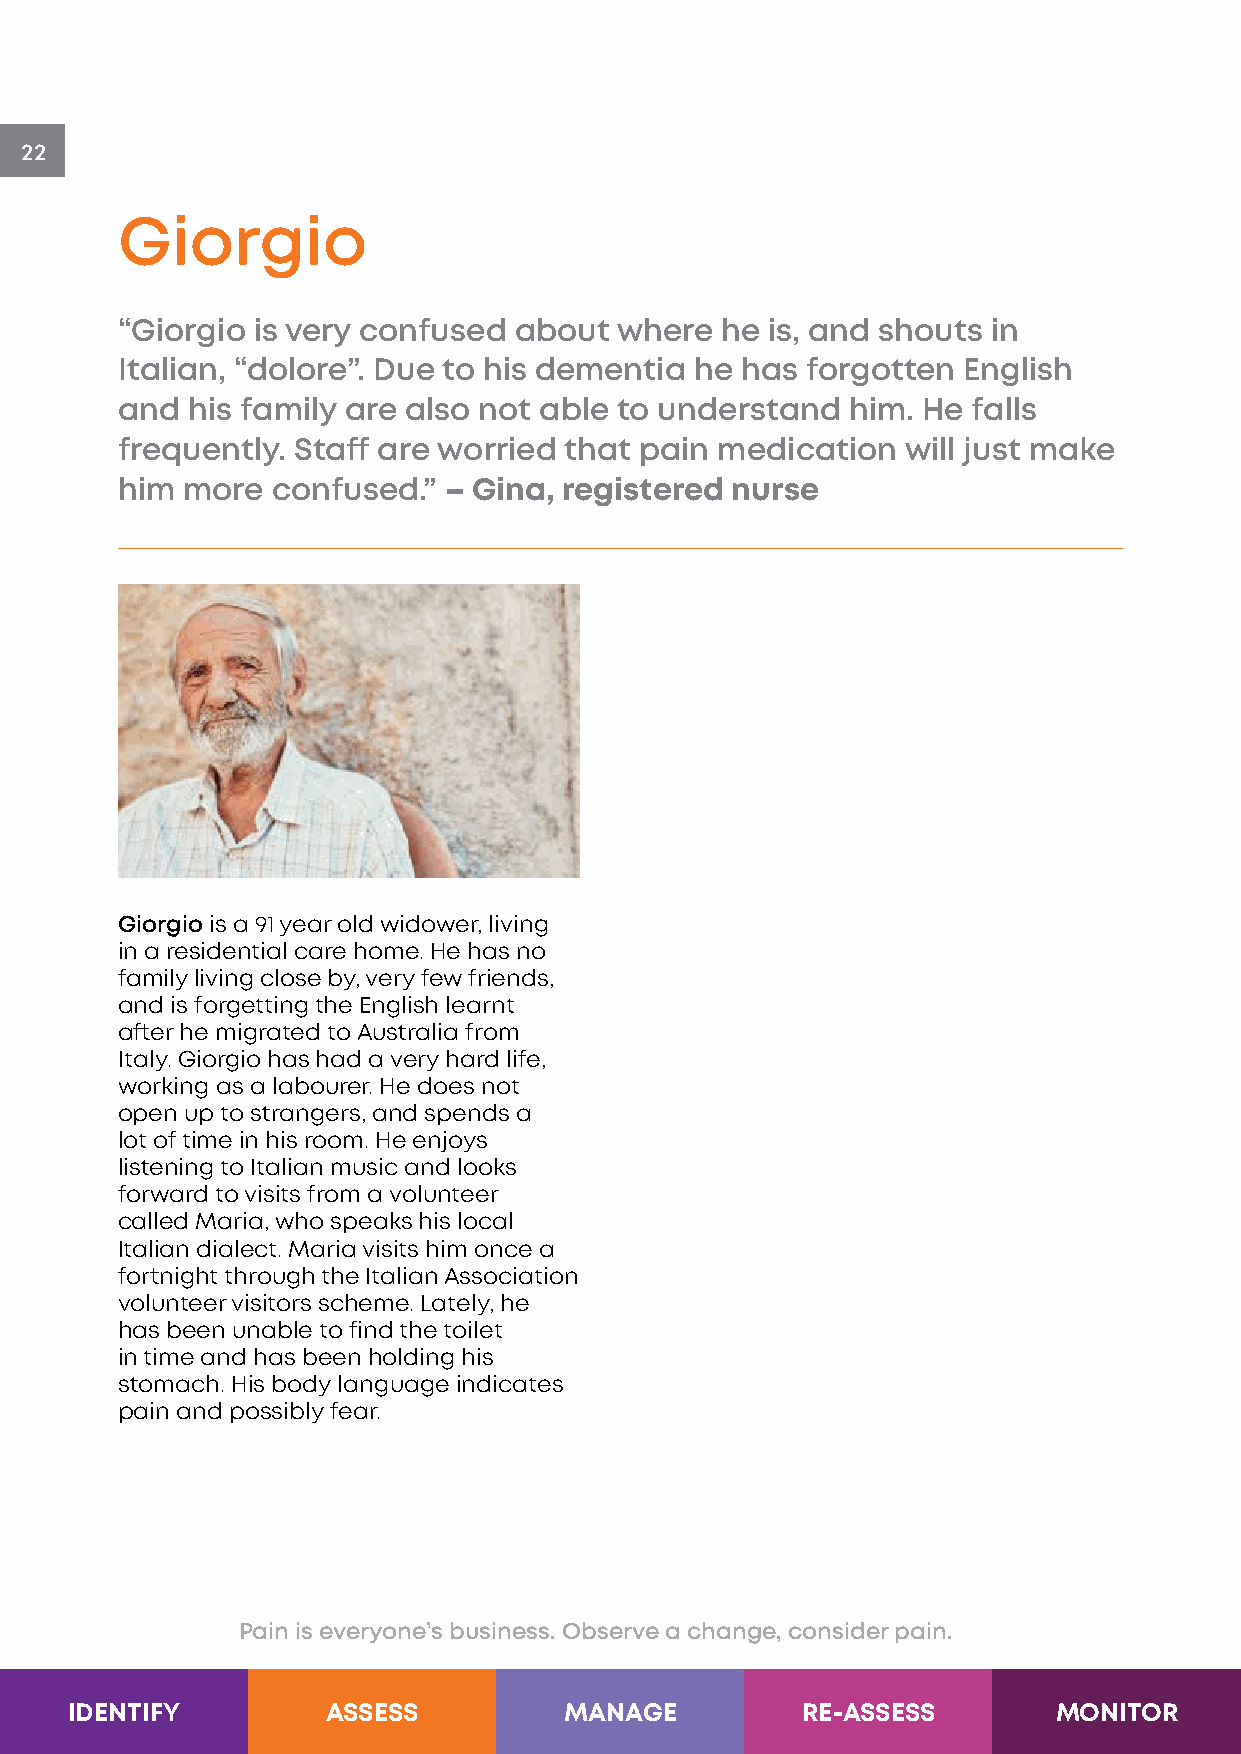
22
 Giorgio
 “Giorgio is very confused about  where  he is, and shouts in
 Italian, “dolore”. Due to his dementia he has forgotten English
 and his family are also not able to understand  him. He falls
 frequently. Staff are worried that pain medication  will just make
 him more  confused.” – Gina, registered nurse
 Giorgio is a 91 year old widower, living
 in a residential care home. He has no
 family living close by, very few friends,
 and is forgetting the English learnt
 after he migrated to Australia from
 Italy. Giorgio has had a very hard life,
 working as a labourer. He does not
 open up to strangers, and spends a
 lot of time in his room. He enjoys
 listening to Italian music and looks
 forward to visits from a volunteer
 called Maria, who speaks his local
 Italian dialect. Maria visits him once a
 fortnight through the Italian Association
 volunteer visitors scheme. Lately, he
 has been unable to find the toilet
 in time and has been holding his
 stomach. His body language indicates
 pain and possibly fear.
 Pain is everyone’s business. Observe a change, consider pain.
 Step 2 of 5                  Pain is everyone’s business. Observe a change, consider
 IDENTIFY         ASSESS         MANAGE          RE-ASSESS        MONITOR